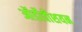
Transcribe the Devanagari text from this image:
ऑर्डोवीशयन